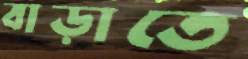
বাড়াতে